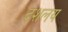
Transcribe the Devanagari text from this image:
दशलय